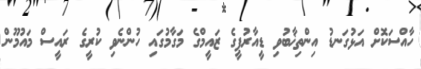
ހާއްސަކޮށް އަޅުގަނޑު އިންތިޚާބުވި ޑީއާރުޕީގެ ޒައީމްގެ މަގާމުގައި ހުންނެވި ކުރީގެ ރައީސް މައުމޫން